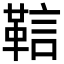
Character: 䩧